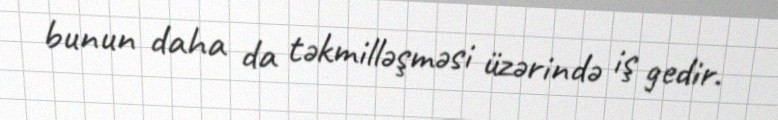
bunun daha da təkmilləşməsi üzərində iş gedir.